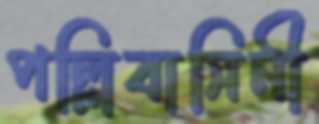
পল্লিবাসিনী